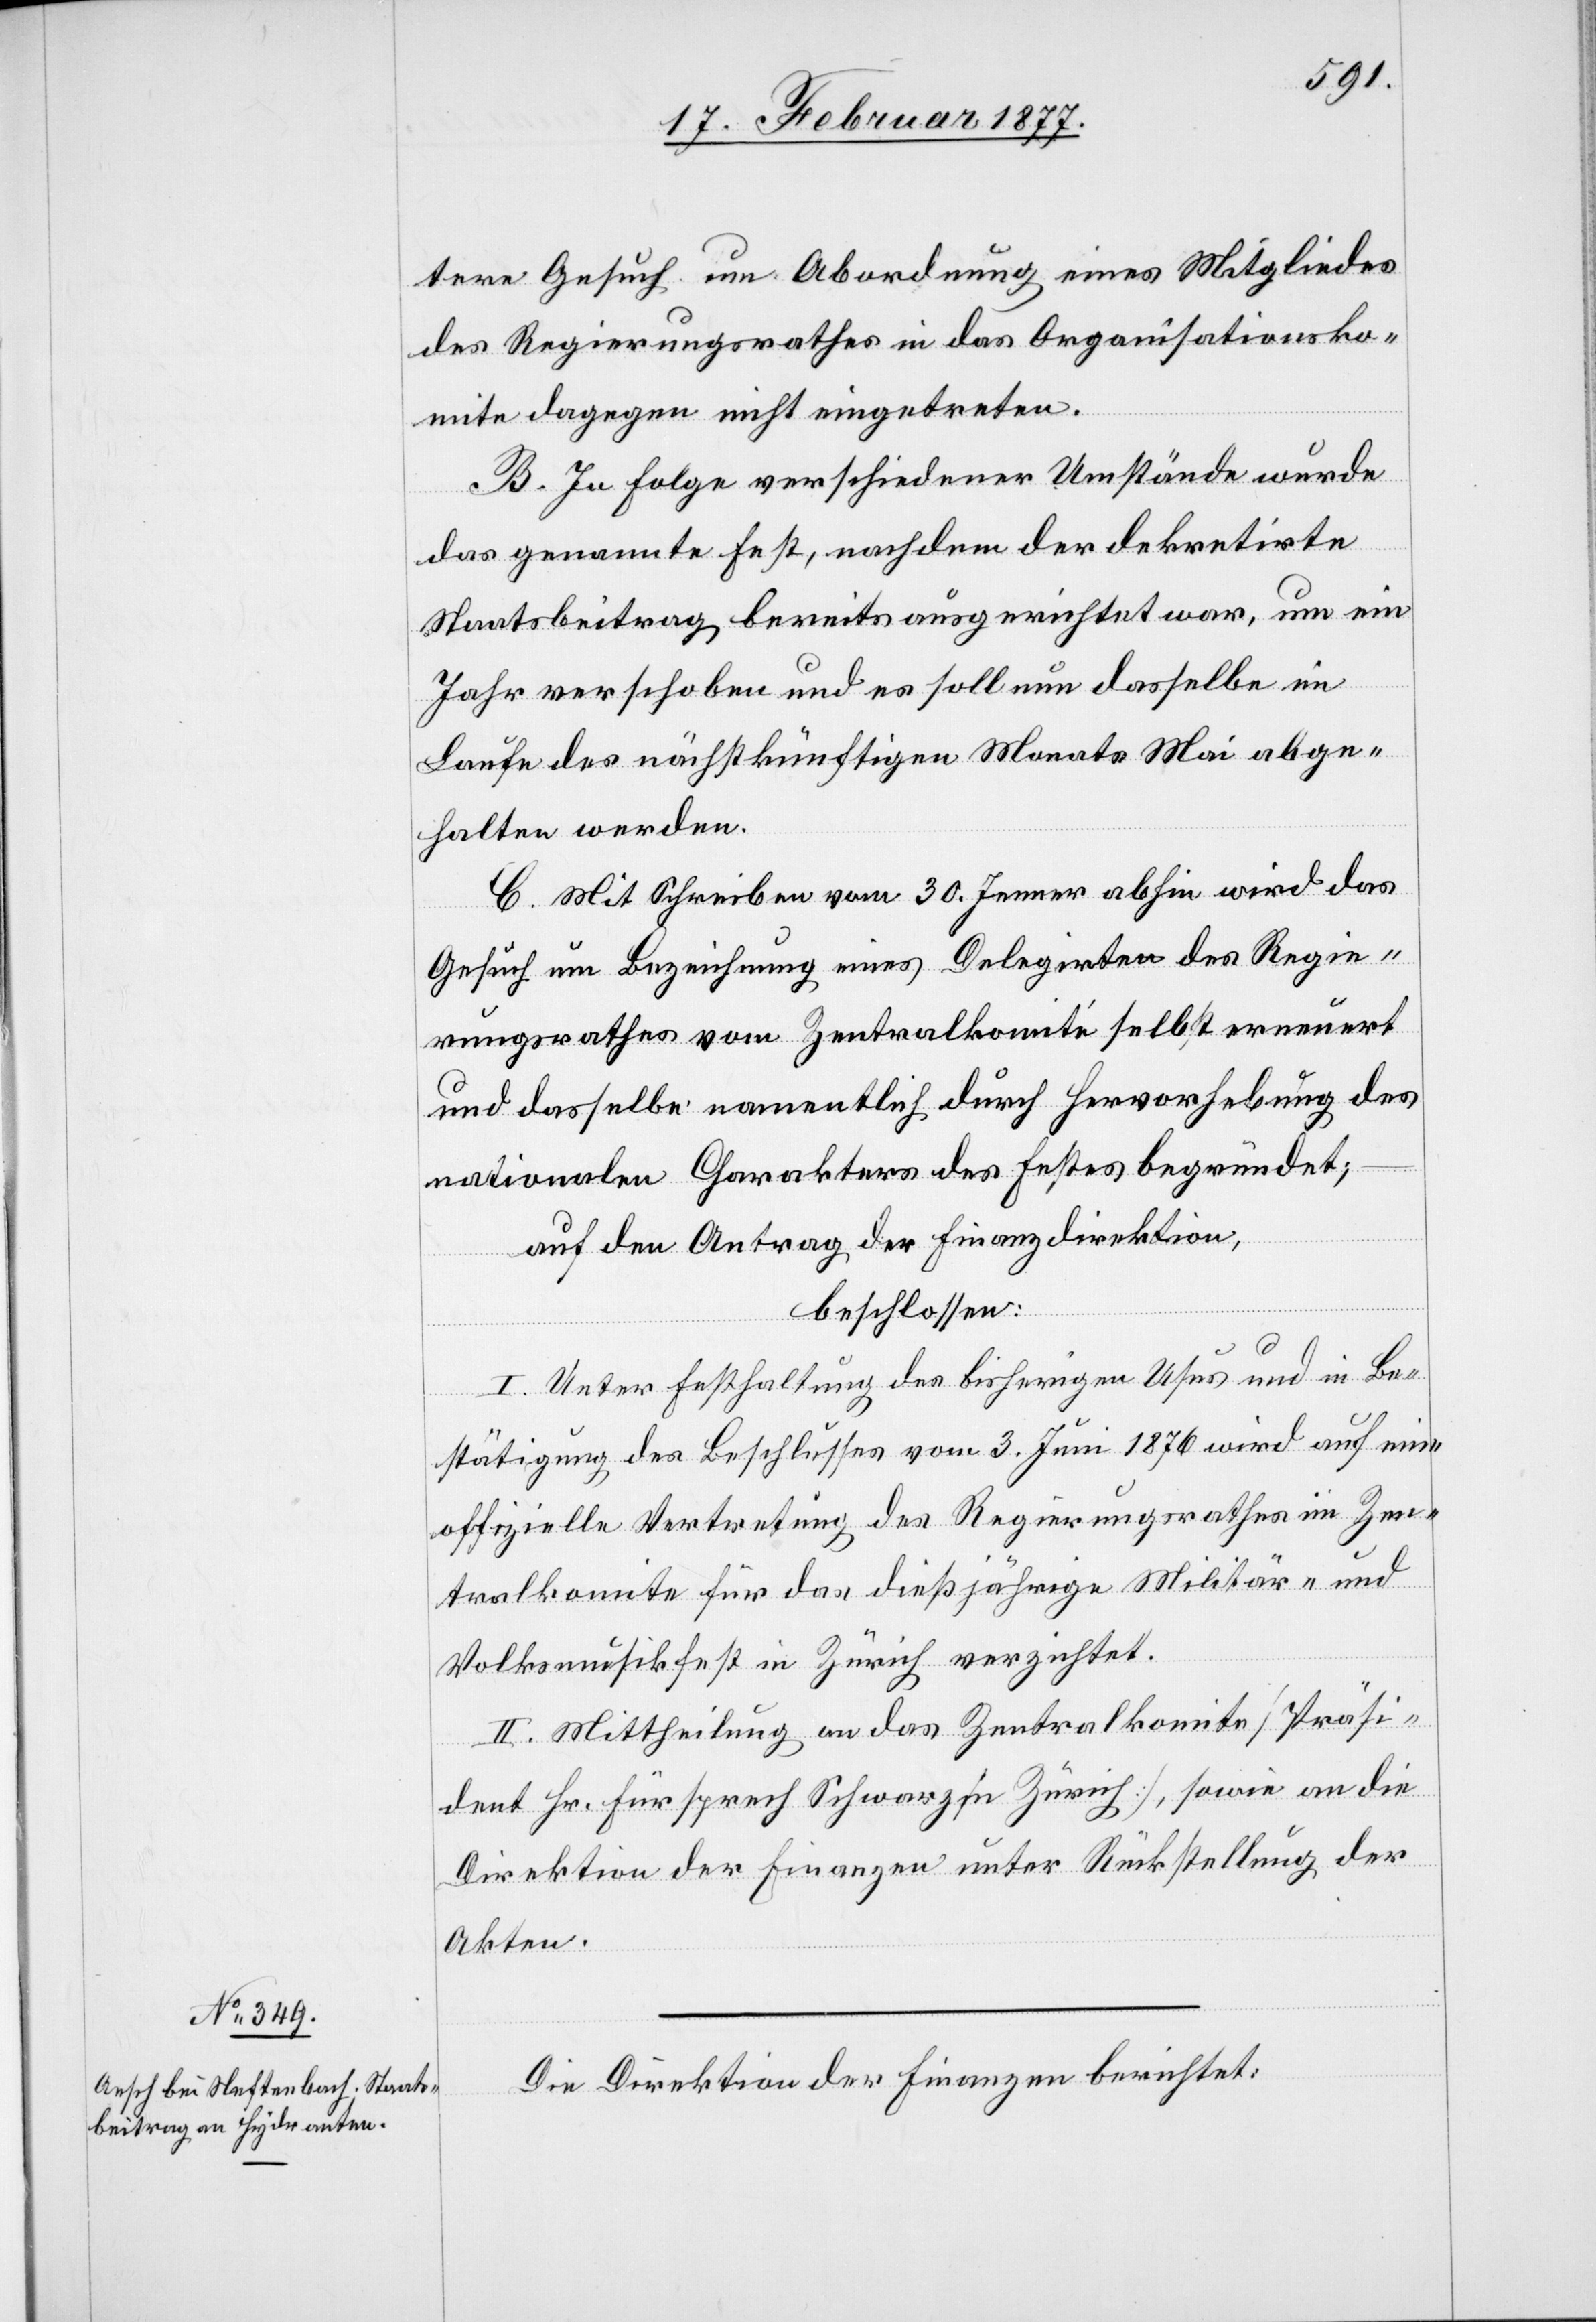
tere Gesuch um Abordnung eines Mitgliedes
des Regierungsrathes in das Organisationsko¬
mite dagegen nicht eingetreten.
B. In Folge verschiedener Umstände wurde
das genannte Fest, nachdem der dekretirte
Staatsbeitrag bereits ausgerichtet war, um ein
Jahr verschoben und es soll nun dasselbe im
Laufe des nächstkünftigen Monats Mai abge¬
halten werden.
C. Mit Schreiben vom 30. Jenner abhin wird das
Gesuch um Bezeichnung eines Delegirten des Regie¬
rungsrathes vom Zentralkomité selbst erneuert
und dasselbe namentlich durch Hervorhebung des
nationalen Charakters des Festes begründet;
auf Antrag der Finanzdirektion,
beschlossen:
I. Unter Festhaltung des bisherigen Usus und in Be¬
stätigung des Beschlusses vom 3. Juni 1876 wird auf eine
offizielle Vertretung des Regierungsrathes im Zen¬
tralkomite für das dießjährige Militär- und
Volksmusikfest in Zürich verzichtet.
II. Mittheilung an das Zentralkomite [Präsi¬
dent Hr. Fürsprech Schwarz in Zürich], sowie an die
Direktion der Finanzen unter Rückstellung der
Akten.
Die Direktion der Finanzen berichtet: